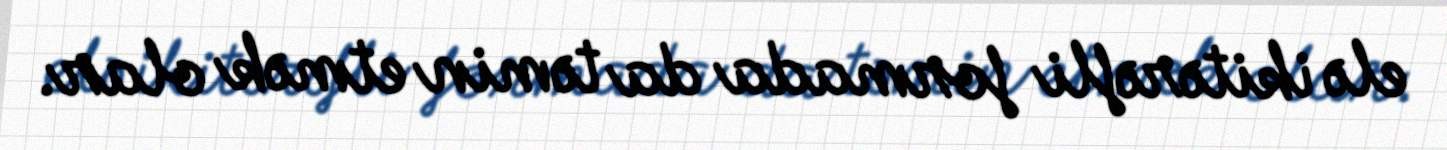
elə ikitərəfli formada da təmin etmək olar.